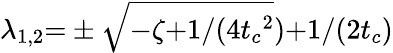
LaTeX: \lambda_{1,2}{=}\pm\sqrt{{-}\zeta{+}{1}/({4{t_{c}}^{2}}}){+}{1}/({2{t_{c}}})